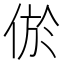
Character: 𰂔